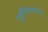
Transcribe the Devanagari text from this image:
पुन्नर्रंजिवनासाठी